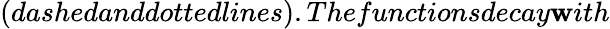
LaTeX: (dashedanddottedlines).Thefunctionsdecay\mathbf{w}ith